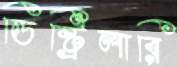
ডিষ্ট্রিলারি